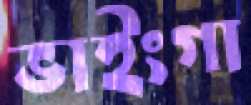
ভাইংগা